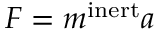
F = m ^ { \mathrm { i n e r t } } a